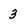
Character: 3